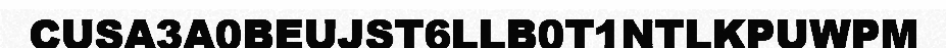
CUSA3A0BEUJST6LLB0T1NTLKPUWPM